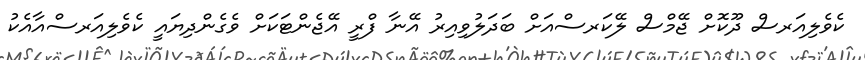
ކެވެލިއަރސް ދޫކޮށް ޖޭމްސް ލޭކަރސްއަށް ބަދަލުވިއިރު އޭނާ ފްރީ އޭޖެންޓަކަށް ވެގެންދިޔައީ ކެވެލިއަރސްއާއެކު